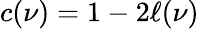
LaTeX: c(\nu)=1-2\ell(\nu)